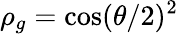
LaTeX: \rho_{g}=\cos(\theta/2)^{2}